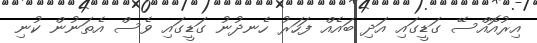
އިރުއޮއްްސޭ ގަޑީގައި އަދި ބައެއް ފަހަރު ހެނދުނު ގަޑީގައި ވެސް އެތަނުން ކުނި